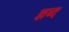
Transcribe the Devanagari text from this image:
ज्ञब्द